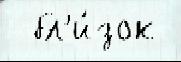
  бл'и́зок